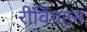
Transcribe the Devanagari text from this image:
रीविंगटन